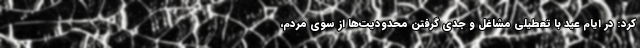
کرد: در ایام عید با تعطیلی مشاغل و جدی گرفتن محدودیت‌ها از سوی مردم،